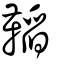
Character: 鞱